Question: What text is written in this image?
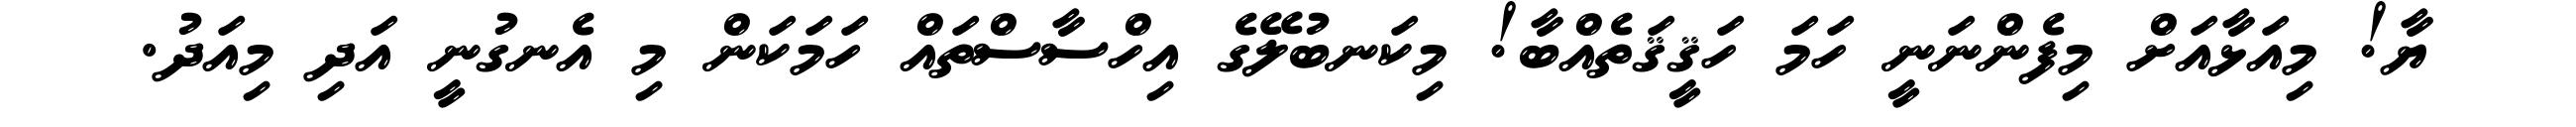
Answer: ޔާ! މިއަޅާއަށް މިފެންނަނީ ހަމަ ހަޤީޤަތެއްބާ! މިކަނބުލޭގެ އިހްސާސްތައް ހަމަކަން މި އެނގުނީ އަދި މިއަދު.